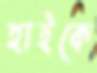
হাইকে